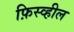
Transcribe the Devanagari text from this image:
फ़िस्व्हील